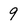
Character: 9